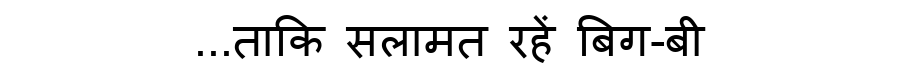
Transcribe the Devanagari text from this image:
...ताकि सलामत रहें बिग-बी